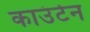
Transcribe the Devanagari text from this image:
काउंटेन